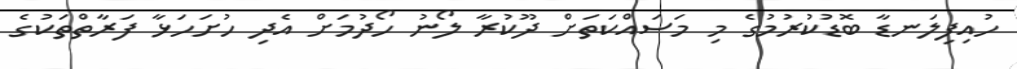
ހުއިފިލަނޑާ ބޮޑުކުރުމުގެ މި މަސައްކަތަށް ދޫކުރާ ލޯނު ހޯދުމަށް އެދި ހުށަހަޅާ ފަރާތްތަކުގެ